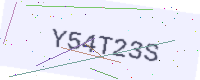
Text: Y54T23S